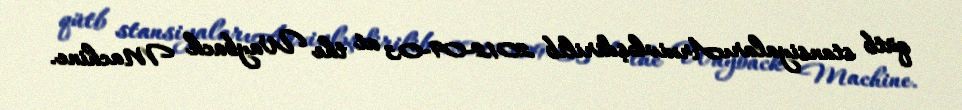
qütb stansiyalarıArxivləşdirilib 2012-09-03 at the Wayback Machine.